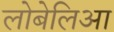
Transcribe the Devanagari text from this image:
लोबेलिआ